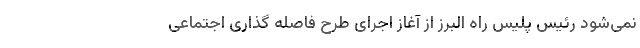
نمی‌شود رئیس پلیس راه البرز از آغاز اجرای طرح فاصله گذاری اجتماعی